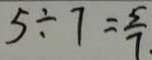
5 \div 7 = \frac { 5 } { 7 }